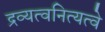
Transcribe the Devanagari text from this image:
द्रव्यत्वनित्यत्वे